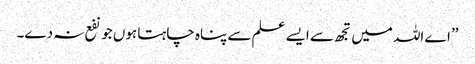
’’اے اللہ میں تجھ سے ایسے علم سے پناہ چاہتا ہوں جو نفع نہ دے۔